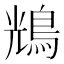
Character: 𪀯